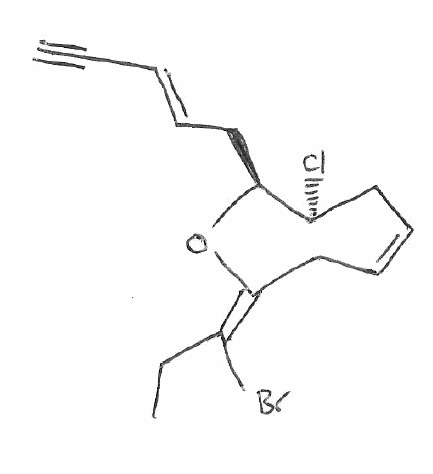
Simplified molecular-input line-entry system (SMILES) notation of the given molecule:
CC/C(=C\1/C/C=C\C[C@@H]([C@@H](O1)C/C=C/C#C)Cl)/Br